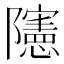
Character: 䧮